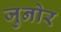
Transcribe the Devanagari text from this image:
जुनोर